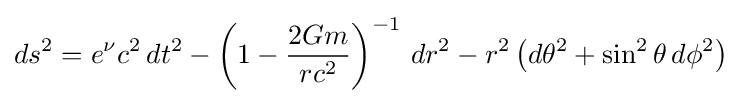
ds^{2}=e^{\nu }c^{2}\,dt^{2}-\left(1-{\frac {2Gm}{rc^{2}}}\right)^{-1}\,dr^{2}-r^{2}\left(d\theta ^{2}+\sin ^{2}\theta \,d\phi ^{2}\right)